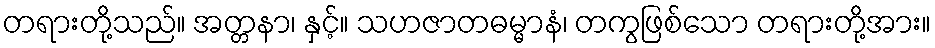
တရားတို့သည်။ အတ္တနာ၊ နှင့်။ သဟဇာတဓမ္မာနံ၊ တကွဖြစ်သော တရားတို့အား။